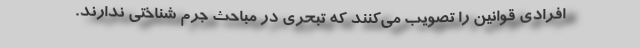
افرادی قوانین را تصویب می‌کنند که تبحری در مباحث جرم شناختی ندارند.